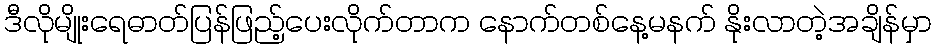
ဒီလိုမျိုးရေဓာတ်ပြန်ဖြည့်ပေးလိုက်တာက နောက်တစ်နေ့မနက် နိုးလာတဲ့အချိန်မှာ